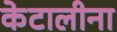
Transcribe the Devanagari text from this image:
केटालीना